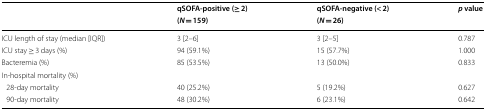
<table><thead><tr><td rowspan="2"></td><td><b>qSOFA-positive (≥ 2)</b></td><td><b>qSOFA-negative (&lt; 2)</b></td><td rowspan="2"><b><i>p</i> value</b></td></tr><tr><td><b>(<i>N</i> = 159)</b></td><td><b>(<i>N</i> = 26)</b></td></tr></thead><tbody><tr><td>ICU length of stay (median [IQR])</td><td>3 [2–6]</td><td>3 [2–5]</td><td>0.787</td></tr><tr><td>ICU stay ≥ 3 days (%)</td><td>94 (59.1%)</td><td>15 (57.7%)</td><td>1.000</td></tr><tr><td>Bacteremia (%)</td><td>85 (53.5%)</td><td>13 (50.0%)</td><td>0.833</td></tr><tr><td colspan="4">In-hospital mortality (%)</td></tr><tr><td> 28-day mortality</td><td>40 (25.2%)</td><td>5 (19.2%)</td><td>0.627</td></tr><tr><td> 90-day mortality</td><td>48 (30.2%)</td><td>6 (23.1%)</td><td>0.642</td></tr></tbody></table>